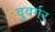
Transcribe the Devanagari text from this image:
दुवर्गर